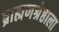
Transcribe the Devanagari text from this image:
ब्राह्मणश्रेष्ठाला